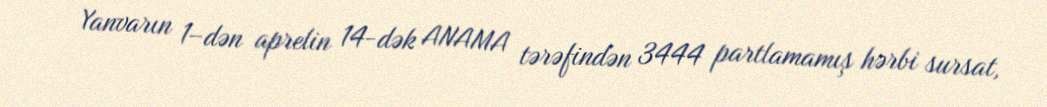
Yanvarın 1–dən aprelin 14-dək ANAMA tərəfindən 3444 partlamamış hərbi sursat,